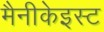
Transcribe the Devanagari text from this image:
मैनीकेइस्ट